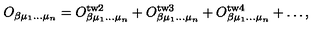
O _ { \beta \mu _ { 1 } \ldots \mu _ { n } } = O _ { \beta \mu _ { 1 } \ldots \mu _ { n } } ^ { \mathrm { t w 2 } } + O _ { \beta \mu _ { 1 } \ldots \mu _ { n } } ^ { \mathrm { t w 3 } } + O _ { \beta \mu _ { 1 } \ldots \mu _ { n } } ^ { \mathrm { t w 4 } } + \ldots ,